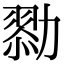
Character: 𠢯